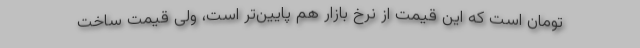
تومان است که این قیمت از نرخ بازار هم پایین‌تر است، ولی قیمت ساخت